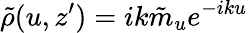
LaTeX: \tilde{\rho}(u,z^{\prime})=ik\tilde{m}_{u}e^{-iku}